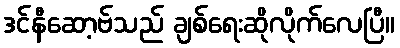
ဒင်နီဆော့ဗ်သည် ချစ်ရေးဆိုလိုက်လေပြီ။